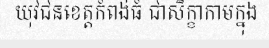
យុវជនខេត្តកំពង់ធំ ជាសិក្ខាកាមក្នុង